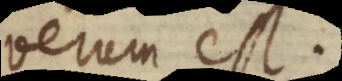
verum est.